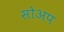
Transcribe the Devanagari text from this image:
सोअप